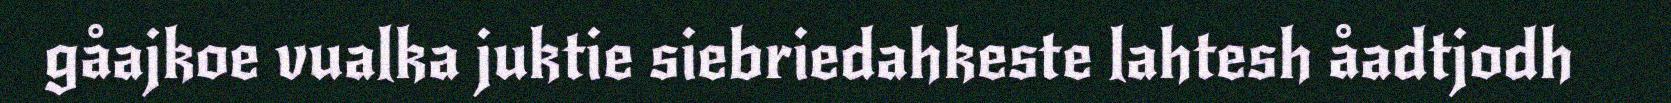
gåajkoe vualka juktie siebriedahkeste lahtesh åadtjodh